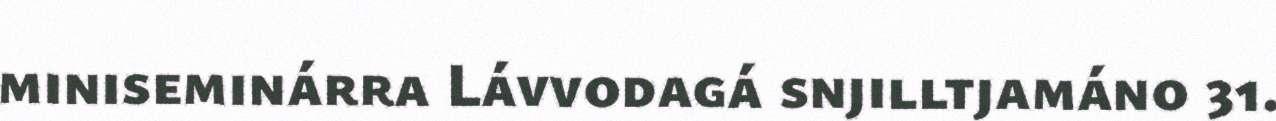
miniseminárra Lávvodagá snjilltjamáno 31.